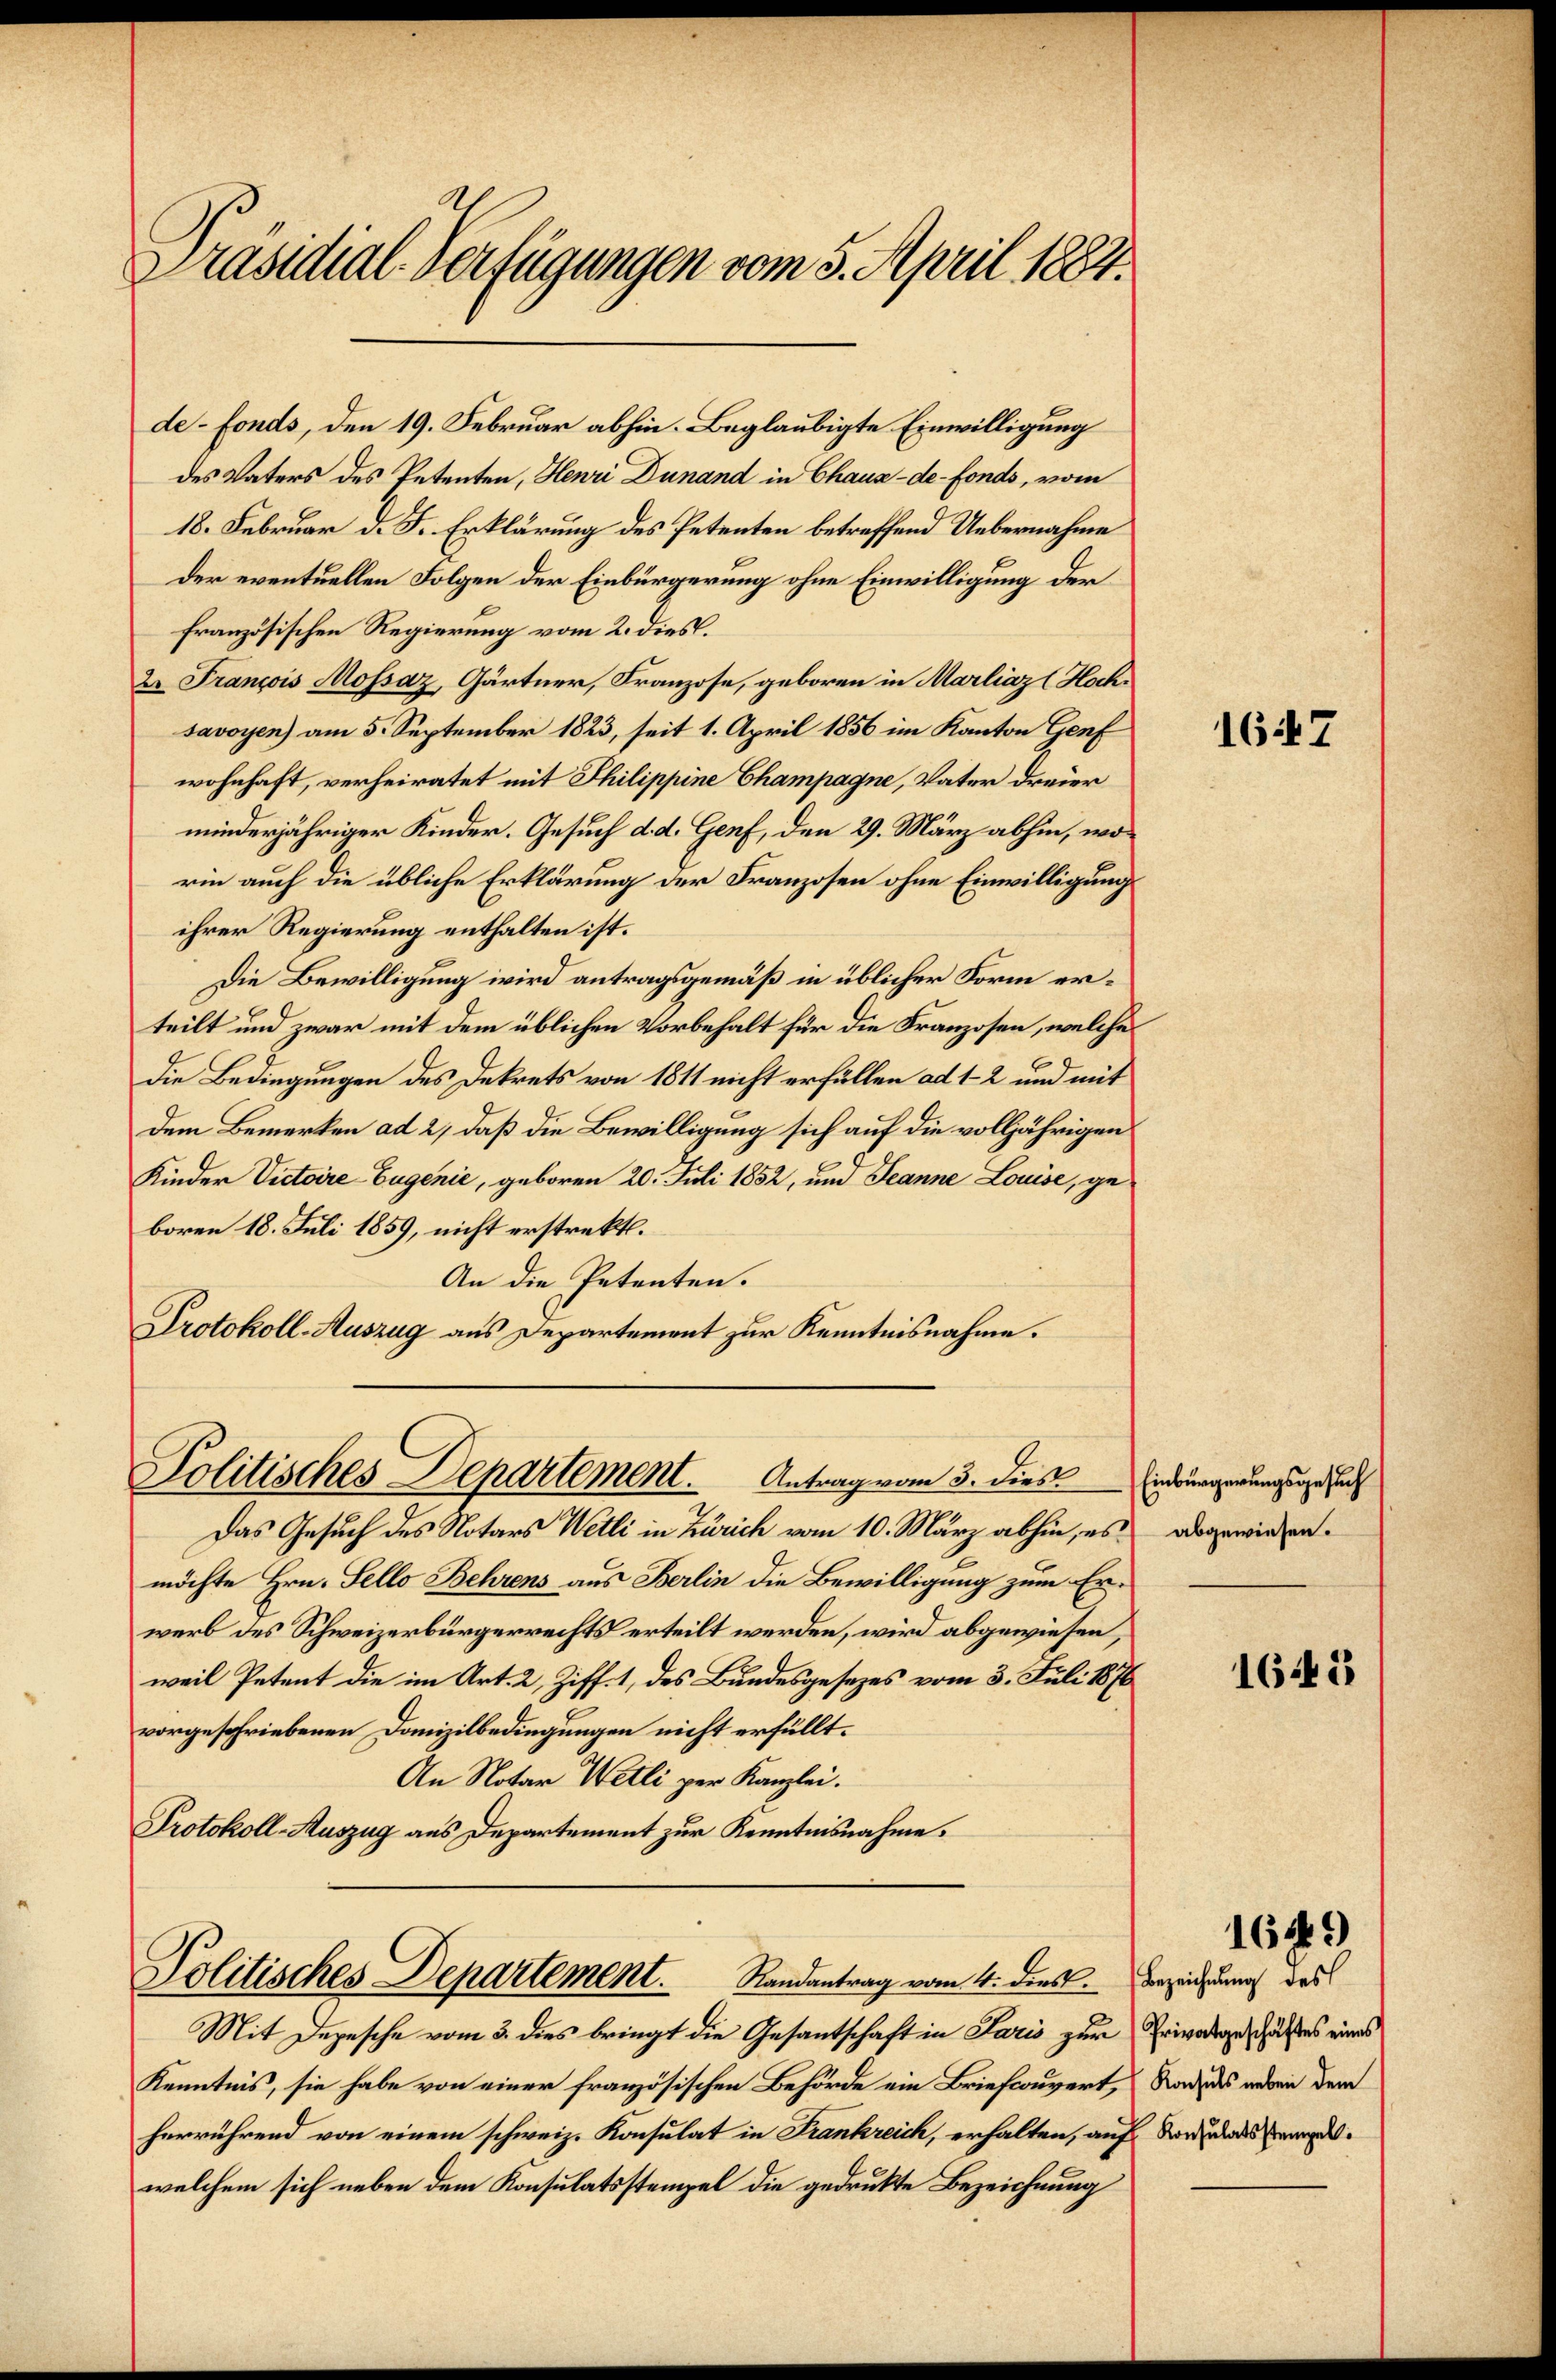
Präsidial-Verfügungen vom 5. April 1884.

de-Fonds, den 19. Februar abhin. Beglaubigte Einwilligung
des Vaters des Petenten, Henri Dunand in Chaux-de-Fonds, vom
18. Februar d. J. Erklärung des Petenten betreffend Uebernahme
der eventuellen Folgen der Einbürgerung ohne Einwilligung der
französischen Regierung vom 2. dies.
2. François Mossaz, Gärtner, Franzose, geboren in Marliaz (Hochsavoyen) am 5. September 1823, seit 1. April 1856 im Kanton Genf
wohnhaft, verheiratet mit Philippine Champagne, Vater dreier
minderjähriger Kinder. Gesuch d. d. Genf, den 29. März abhin, worin auch die übliche Erklärung der Franzosen ohne Einwilligung
ihrer Regierung enthalten ist.
Die Bewilligung wird antragsgemäß in üblicher Form erteilt und zwar mit dem üblichen Vorbehalt für die Franzosen, welche
Die Bedingungen des Dekrets von 1811 nicht erfüllen ad 1-2 und mit
dem Bemerken ad 2, daß die Bewilligung sich auf die volljährigen
Kinder Victoire Eugenić, geboren 20. Juli 1852, und Jeanne Louise, geboren 18. Juli 1859, nicht erstrekt.
An die Petenten.
Protokoll-Auszug aus Departement zur Kenntnisnahme.
Politisches Departement.        Antrag vom 3. dies
Das Gesuch des Notars Wetti in Zürich vom 10. März abhin, es abgewiesen.
möchte Hrn. Fello Behrens aus Berlin die Bewilligung zum Erwerb des Schweizerbürgerrechts erteilt werden, wird abgewiesen,
weil Petent die im Art. 2, Ziff. 1, des Bundesgesezes vom 3. Juli 1876
vorgeschriebenen Danizilbedingungen nicht erfüllt.
An Notar Wetli per Kanzlei.
Protokoll-Auszug aus Departement zur Kenntnisnahme.

Politisches Departement.          Randantrag vom 4. dies. Bezeichnung des

Mit Depesche vom 3. dies bringt die Gesantschaft in Paris zur Privatgeschäftes eines
Kenntnis, sie habe von einer französischen Behörde ein Briefwouvert, Rade des anden dem
herrührend von einem schweiz. Konsulat in Frankreich, erhalten, auf Vorausgewelchem sich neben dem Konsulatsstempel die gedrukte Bezeichnung

1647

Einbürgerungsgesuch

1643

1649